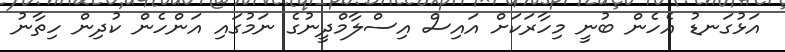
އަޅުގަނޑު އެހެން ބުނީ މިހާރަކަށް އައިސް އިސްލާމްދީނުގެ ނަމުގައި އަންހެން ކުދިން ހިތާނު